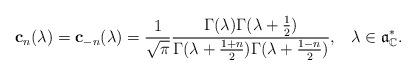
LaTeX: \begin{align*} \mathbf{c}_n(\lambda) = \mathbf{c}_{-n}(\lambda) = \frac{1}{\sqrt{\pi}} \frac{\Gamma(\lambda)\Gamma(\lambda+\frac{1}{2})}{\Gamma(\lambda+\frac{1+n}{2})\Gamma(\lambda+\frac{1-n}{2})}, \;\;\; \lambda \in \mathfrak{a}_\mathbb{C}^*.\end{align*}